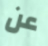
عن